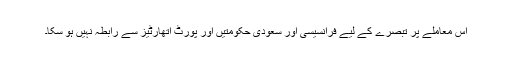
اس معاملے پر تبصرے کے لیے فرانسیسی اور سعودی حکومتیں اور پورٹ اتھارٹیز سے رابطہ نہیں ہو سکا۔